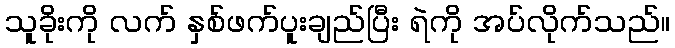
သူခိုးကို လက် နှစ်ဖက်ပူးချည်ပြီး ရဲကို အပ်လိုက်သည်။